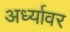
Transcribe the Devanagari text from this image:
अर्ध्यावर